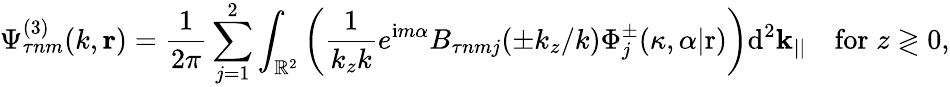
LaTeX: \Psi_{\tau nm}^{(3)}(k,\mathbf{r})=\frac{1}{2\pi}\sum_{j=1}^{2}\int_{\mathbb{R}^{2}}\bigg(\frac{1}{k_{z}k}e^{\mathrm{i}m\alpha}B_{\tau nmj}(\pm k_{z}/k)\Phi_{j}^{\pm}(\kappa,\alpha|\mathrm{r})\bigg)\mathrm{d}^{2}\mathbf{k}_{||}\quad\mathrm{for}\; z\gtrless 0,